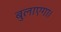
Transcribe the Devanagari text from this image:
बुलाएगा।